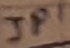
Text: JP1